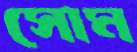
সোম